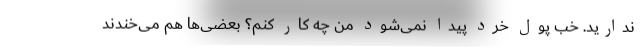
ندارید. خب پول خرد پیدا نمی‌شود من چه کار کنم؟ بعضی‌ها هم می‌خندند